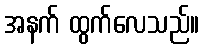
အနက် ထွက်လေသည်။